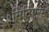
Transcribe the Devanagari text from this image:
मिटिएस्ट